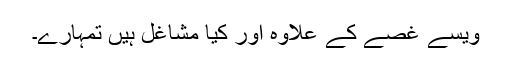
ویسے غصے کے علاوہ اور کیا مشاغل ہیں تمہارے۔